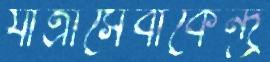
যাত্রীসেবাকেন্দ্র